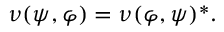
\nu ( \psi , \varphi ) = \nu ( \varphi , \psi ) ^ { * } .